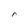
Character: r